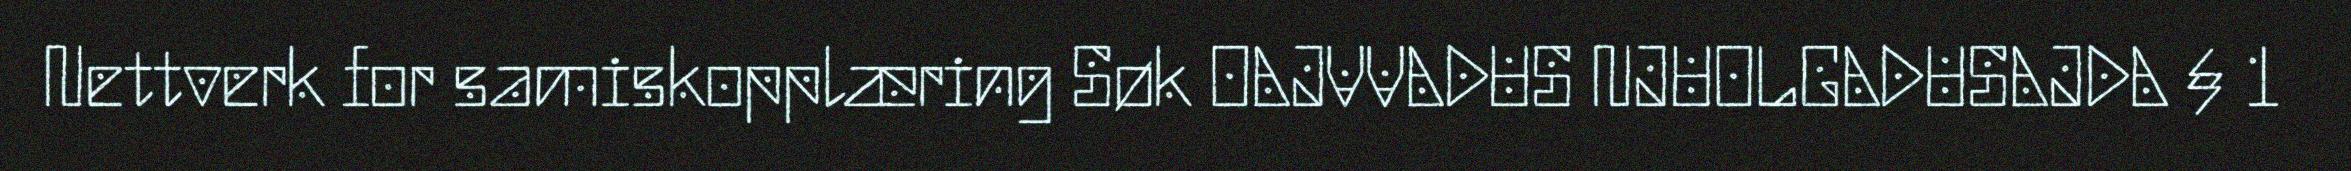
Nettverk for samiskopplæring Søk OAJVVADUS NJUOLGADUSAJDA § 1